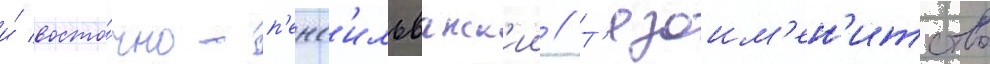
и́ восто́чно-п'енс'ильванск'ии // Т'езоим'ен'итство